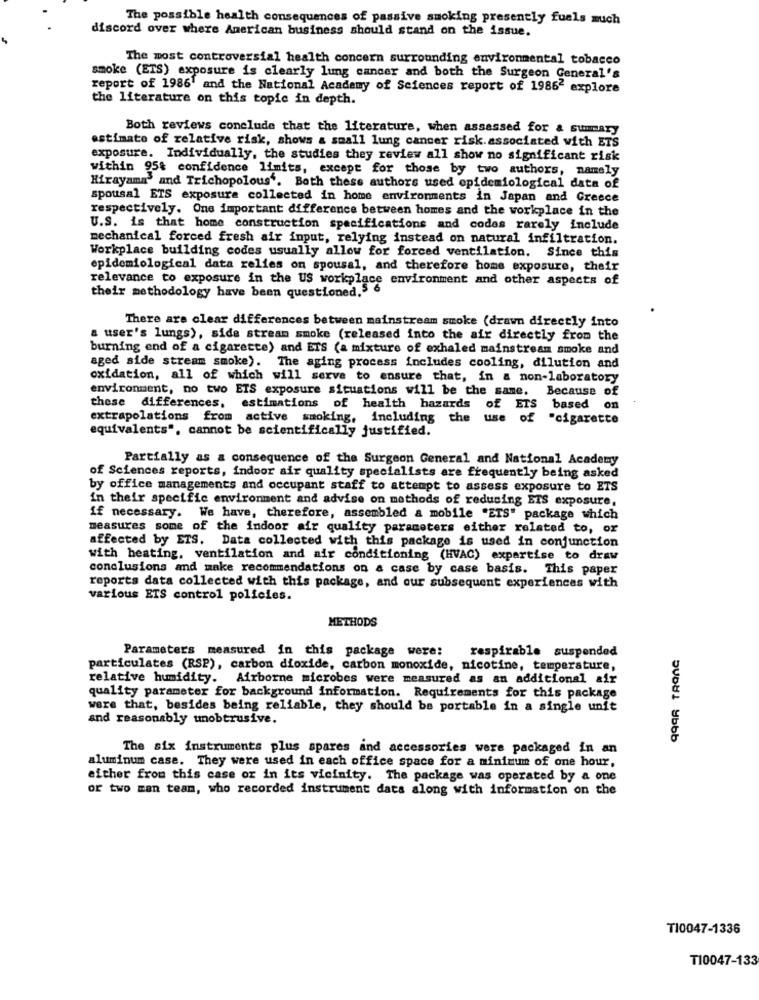
The possible health consequences of passive smoking presently fuels much
discord over where American business should stand on the issue.
The most controversial health concern surrounding environmental tobacco
smoke (ETS) exposure is clearly lung cancer and both the Surgeon General's
report of 1986' and the National Academy of Sciences report of 19862 explore
the literature on this topic in depth.
Both reviews conclude that the literature, when assessed for & summary
estimate of relative risk, shows a small lung cancer risk.associated with ETS
exposure. Individually, the studies they review all show no significant risk
within 95% confidence limits, except for those by two authors, namely
Hirayama' and Trichopolous". Both these authors used epidemiological data of
spousal ETS exposure collected in home environments in Japan and Greece
respectively. One important difference between homes and the workplace in the
U.S. is that home construction specifications and codes rarely include
mechanical forced fresh air input, relying instead on natural infiltration.
Workplace building codes usually allow for forced ventilation. Since this
epidemiological data relies on spousal, and therefore home exposure, their
relevance to exposure in the US workplace environment and other aspects of
their methodology have been questioned.5 &
There are clear differences between mainstream smoke (drawn directly into
a user's lungs), side stream smoke (released into the air directly from the
burning end of a cigarette) and ETS (a mixture of exhaled mainstream smoke and
aged side stream smoke). The aging process includes cooling, dilution and
oxidation, all of which will serve to ensure that, in a non-laboratory
environment, no two ETS exposure situations will be the same. Because of
On
these differences, estimations of health hazards of ETS based
extrapolations from active smoking, including the use of
"cigarette
equivalents", cannot be scientifically justified.
Partially as a consequence of the Surgeon General and National Academy
of Sciences reports, indoor air quality specialists are frequently being asked
by office managements and occupant staff to attempt to assess exposure to ETS
in their specific environment and advise on methods of reducing ETS exposure,
if necessary. We have, therefore, assembled a mobile "ETS" package which
measures some of the indoor air quality parameters either related to, or
affected by ETS. Data collected with this package is used in conjunction
with heating, ventilation and air conditioning (HVAC) expertise to draw
conclusions and make recommendations on a case by case basis. This paper
reports data collected with this package, and our subsequent experiences with
various ETS control policies.
METHODS
Parameters measured in this package were:
respirable suspended
particulates (RSP), carbon dioxide, carbon monoxide, nicotine, temperature,
relative humidity. Airborne microbes were measured as an additional air
quality parameter for background information. Requirements for this package
were that, besides being reliable, they should be portable in a single unit
and reasonably unobtrusive.
The six instruments plus spares and accessories were packaged in an
aluminum case. They were used in each office space for a minimum of one hour,
either from this case or in its vicinity. The package was operated by a one
or two man team, who recorded instrument dats along with information on the
TI0047-1336
T10047-133